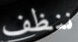
ننظف